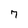
Character: 7